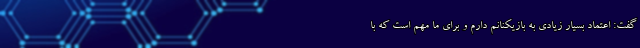
گفت: اعتماد بسیار زیادی به بازیکنانم دارم و برای ما مهم است که با